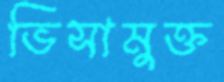
ভিসামুক্ত